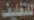
التغليف